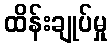
ထိန်းချုပ်မှု